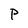
Character: P